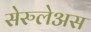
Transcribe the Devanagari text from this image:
सेरुलेअस